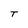
Character: T